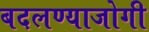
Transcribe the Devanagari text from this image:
बदलण्याजोगी